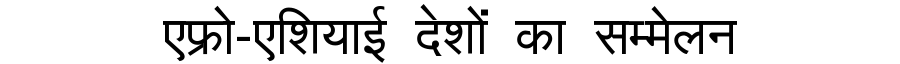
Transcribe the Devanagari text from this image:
एफ्रो-एशियाई देशों का सम्मेलन